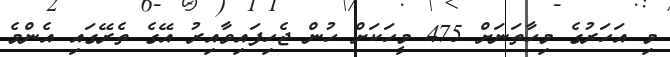
މި އަހަރުގެ މިހާތަނަށް 475 މީހަކަށް ހުން ޖެހިފައިވާއިރު އޭގެ ތެރޭގައި އެންމެ